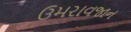
ઉમરાવજાન